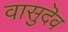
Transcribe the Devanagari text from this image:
वासुदॆव